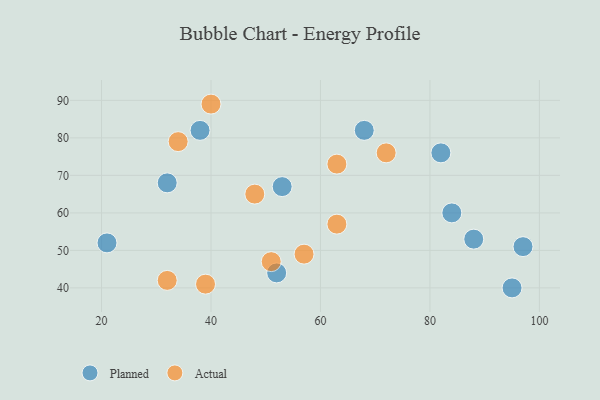
{"axis": {"x": "GDP", "y": "Life Expectancy"}, "legend": ["Actual", "Planned"], "data": [{"x": "32", "y": 68, "type": "Planned"}, {"x": "53", "y": 67, "type": "Planned"}, {"x": "82", "y": 76, "type": "Planned"}, {"x": "21", "y": 52, "type": "Planned"}, {"x": "97", "y": 51, "type": "Planned"}, {"x": "52", "y": 44, "type": "Planned"}, {"x": "38", "y": 82, "type": "Planned"}, {"x": "84", "y": 60, "type": "Planned"}, {"x": "95", "y": 40, "type": "Planned"}, {"x": "88", "y": 53, "type": "Planned"}, {"x": "68", "y": 82, "type": "Planned"}, {"x": "32", "y": 42, "type": "Actual"}, {"x": "40", "y": 89, "type": "Actual"}, {"x": "57", "y": 49, "type": "Actual"}, {"x": "48", "y": 65, "type": "Actual"}, {"x": "34", "y": 79, "type": "Actual"}, {"x": "51", "y": 47, "type": "Actual"}, {"x": "63", "y": 73, "type": "Actual"}, {"x": "39", "y": 41, "type": "Actual"}, {"x": "72", "y": 76, "type": "Actual"}, {"x": "63", "y": 57, "type": "Actual"}]}